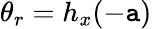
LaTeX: \theta_{r}=h_{x}(-\mathtt{a})